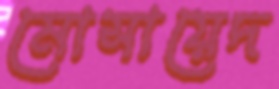
মোসায়েদ